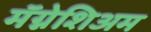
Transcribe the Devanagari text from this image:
मॅग्नेशिअम